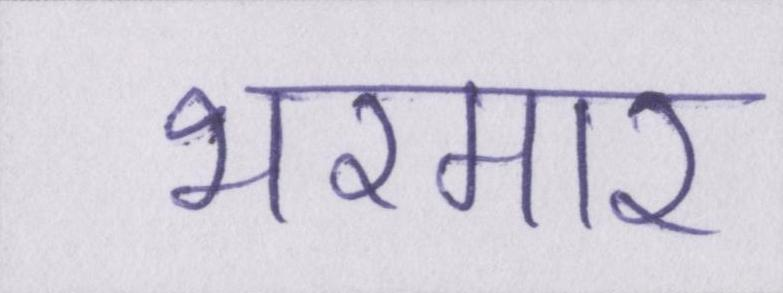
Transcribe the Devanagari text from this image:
भरमार